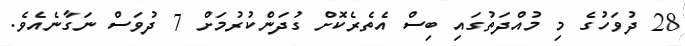
28 ދުވަހުގެ މި މުއްދަތުގައި ބިސް އެތެރެކޮށް ގުދަންކުރުމަށް 7 ދުވަސް ނަގާނެއެވެ.